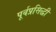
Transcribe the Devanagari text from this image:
पूर्वप्रसिद्धी